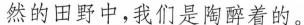
然的田野中，我们是陶醉着的。